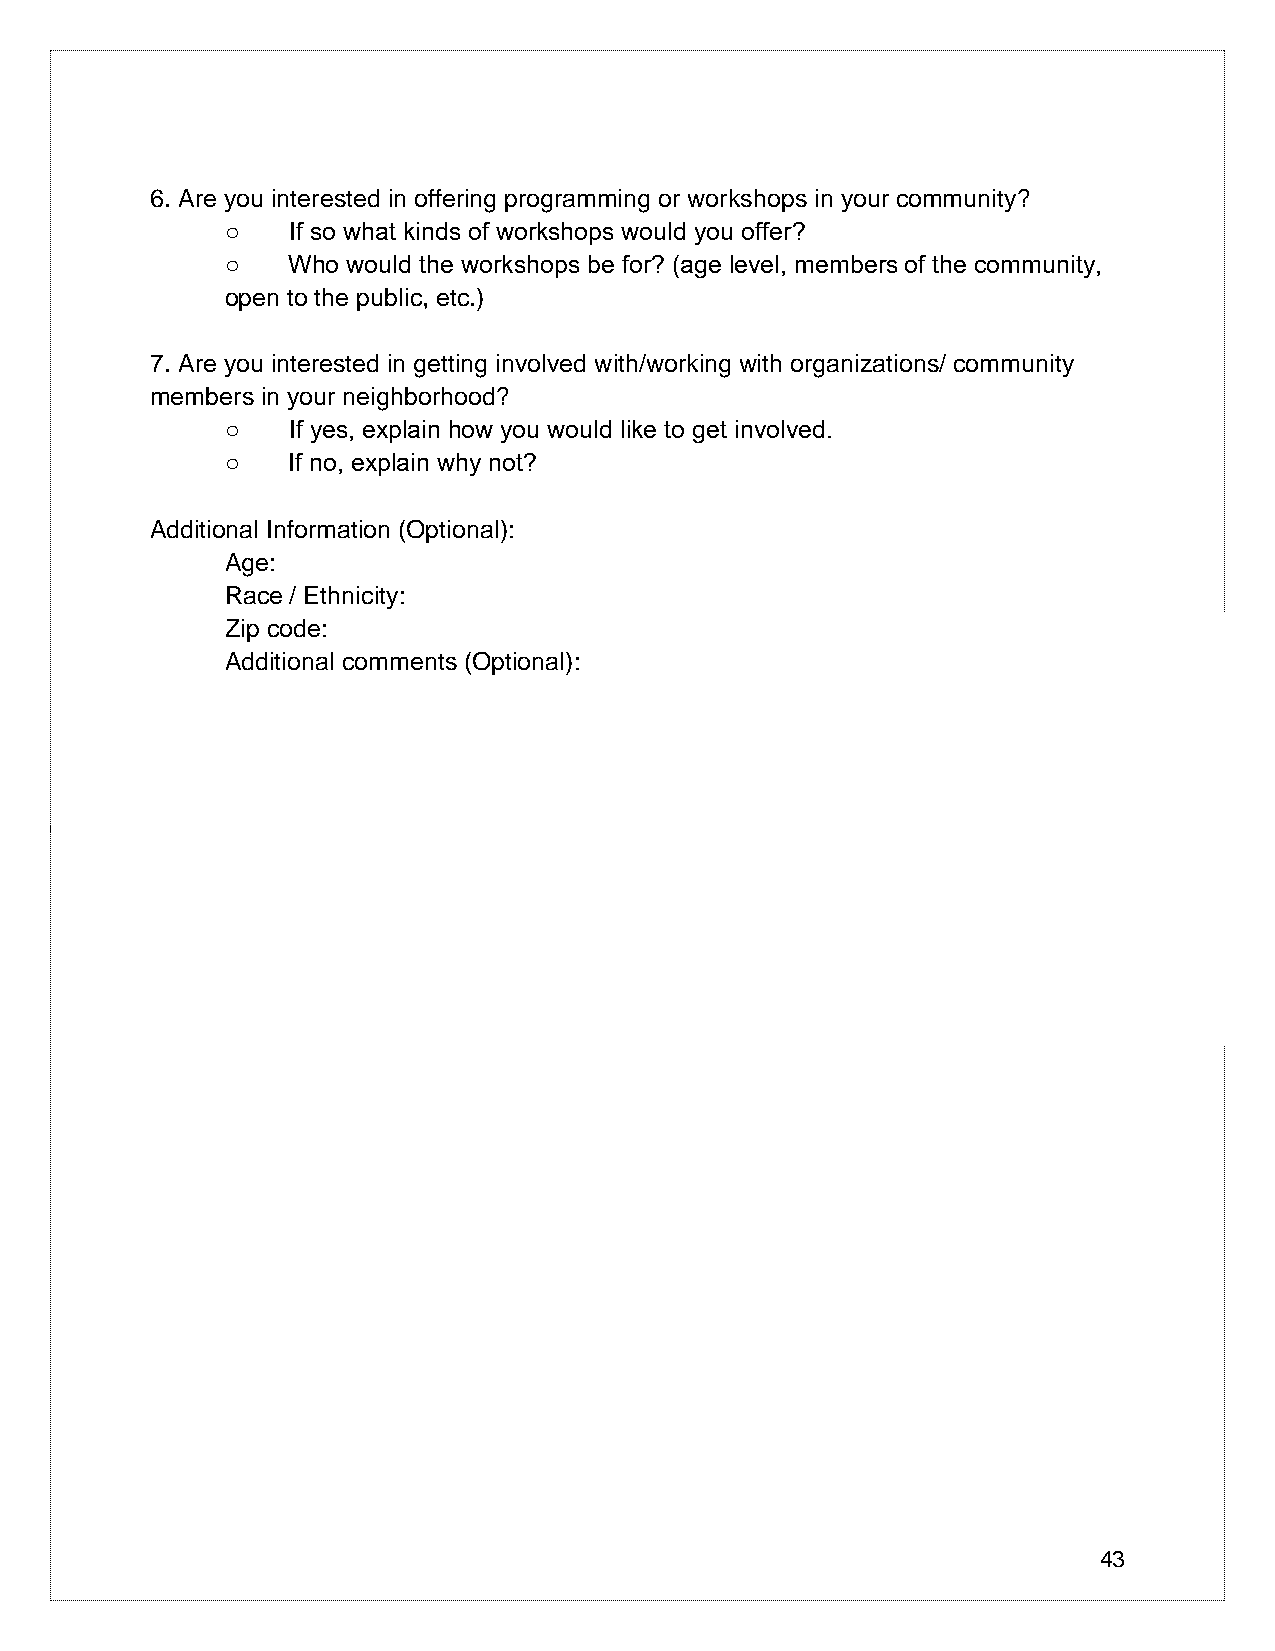
6. Are you interested in offering programming or workshops in your community?
 ○   If so what kinds of workshops would you offer?
 ○   Who would the workshops be for? (age level, members of the community,
 open to the public, etc.)
 7. Are you interested in getting involved with/working with organizations/ community
 members in your neighborhood?
 ○   If yes, explain how you would like to get involved.
 ○   If no, explain why not?
 Additional Information (Optional):
 Age:
 Race / Ethnicity:
 Zip code:
 Additional comments (Optional):
 43